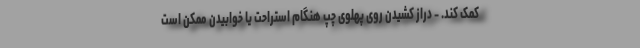
کمک کند. - دراز کشیدن روی پهلوی چپ هنگام استراحت یا خوابیدن ممکن است